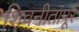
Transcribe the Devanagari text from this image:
शिवनीतापूर